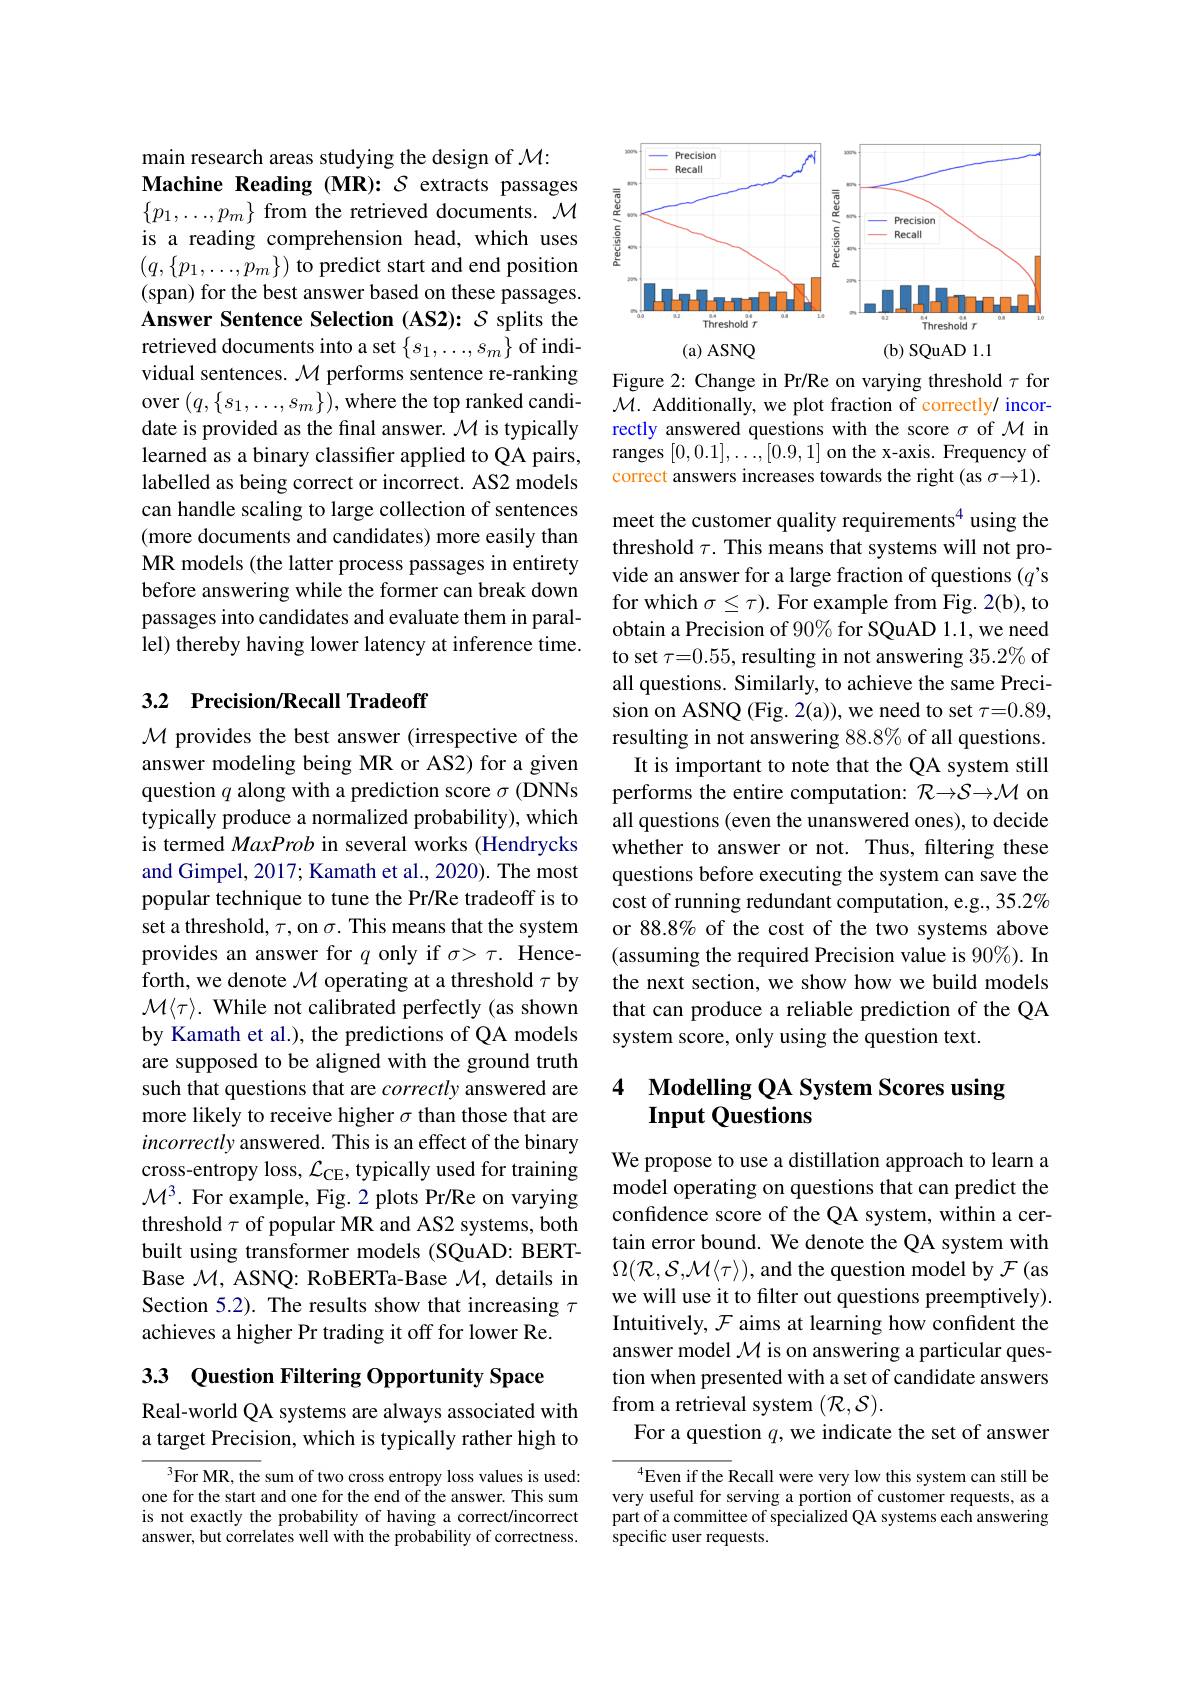
main research areas studying the design of $\mathcal{M}:$
Machine Reading (MR): $S$ extracts passages $\{p_1,\ldots,p_m\}$ from the retrieved documents. $\mathcal{M}$ is a reading comprehension head, which uses $(q,\{p_1,\ldots,p_m\})$ to predict start and end position (span) for the best answer based on these passages. Answer Sentence Selection (AS2): $\mathcal{S}$ splits the retrieved documents into a set $\{s_1,\ldots,s_m\}$ of individual sentences. $\mathcal{M}$ performs sentence re-ranking over $(q,\{s_1,\ldots,s_m\})$,where the top ranked candidate is provided as the fnal answer. $\mathcal{M}$ is typically learned as a binary classifer applied to QA pairs, labelled as being correct or incorrect. AS2 models can handle scaling to large collection of sentences (more documents and candidates) more easily than MR models (the latter process passages in entirety before answering while the former can break down passages into candidates and evaluate them in parallel) thereby having lower latency at inference time.

## 3.2 Precision/Recall Tradeoff

$\mathcal{M}$ provides the best answer (irrespective of the answer modeling being MR or AS2) for a given question $q$ along with a prediction score $\sigma$ (DNNs typically produce a normalized probability), which is termed MaxProb in several works (Hendrycks and Gimpel, 2017; Kamath et al., 2020). The most popular technique to tune the Pr/Re tradeoff is to set a threshold, $\tau$, on $\sigma.$ This means that the system provides an answer for $q$ only if $\sigma>\tau.$ Henceforth, we denote $\mathcal{M}$ operating at a threshold $\tau$ by $\mathcal{M}\langle\tau\rangle.$ While not calibrated perfectly (as shown by Kamath et al.), the predictions of QA models are supposed to be aligned with the ground truth such that questions that are correctly answered are more likely to receive higher $\sigma$ than those that are incorrectly answered. This is an effect of the binary cross-entropy loss, $\mathcal{L}_\mathrm{CE}$, typically used for training $\mathcal{M}^3.$ For example, Fig. 2 plots Pr/Re on varying threshold $\tau$ of popular MR and AS2 systems, both built using transformer models (SQuAD: BERTBase $\mathcal{M}$, ASNQ: RoBERTa-Base $\mathcal{M}$, details in Section 5.2). The results show that increasing $\tau$ achieves a higher Pr trading it off for lower Re.

3.3 Question Filtering Opportunity Space

Real-world QA systems are always associated with a target Precision, which is typically rather high to

$^3$For MR, the sum of two cross entropy loss values is used: one for the start and one for the end of the answer. This sum is not exactly the probability of having a correct/incorrect answer, but correlates well with the probability of correctness.

<FigureHere>

Figure 2: Change in Pr/Re on varying threshold $\tau$ for $\mathcal{M}.$ Additionally, we plot fraction of correctly/ incorrectly answered questions with the score $\sigma$ of $\mathcal{M}$ in ranges $[0,0.1],\ldots,[0.9,1]$ on the x-axis. Frequency of correct answers increases towards the right (as $\sigma\to1).$

meet the customer quality requirements$^{4}$ using the threshold $\tau.$ This means that systems will not provide an answer for a large fraction of questions (q's for which $\sigma\leq\tau).$ For example from Fig. 2(b), to obtain a Precision of 90% for SQuAD 1.1, we need to set $\tau=0.55$, resulting in not answering $35.2\%$ of all questions. Similarly, to achieve the same Precision on ASNQ (Fig. 2(a)), we need to set $\tau=0.89$, resulting in not answering 88.8% of all questions.
It is important to note that the QA system still performs the entire computation: $\mathcal{R}\to\mathcal{S}\to\mathcal{M}$ on all questions (even the unanswered ones), to decide whether to answer or not. Thus, filtering these questions before executing the system can save the cost of running redundant computation, e.g., 35.2% or 88.8% of the cost of the two systems above (assuming the required Precision value is 90%). In the next section, we show how we build models that can produce a reliable prediction of the QA system score, only using the question text.

## 4 Modelling QA System Scores using Input Questions

We propose to use a distillation approach to learn a model operating on questions that can predict the confidence score of the QA system, within a certain error bound. We denote the QA system with $\Omega(\mathcal{R},\mathcal{S},\mathcal{M}\langle\tau\rangle)$, and the question model by $\mathcal{F}$(as we will use it to filter out questions preemptively). Intuitively, $\mathcal{F}$ aims at learning how confident the answer model $\mathcal{M}$ is on answering a particular question when presented with a set of candidate answers from a retrieval system $(\mathcal{R},\mathcal{S}).$
For a question $q$, we indicate the set of answer

$^{4}$Even if the Recall were very low this system can still be very useful for serving a portion of customer requests, as a part of a committee of specialized QA systems each answering specific user requests.